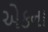
એકના